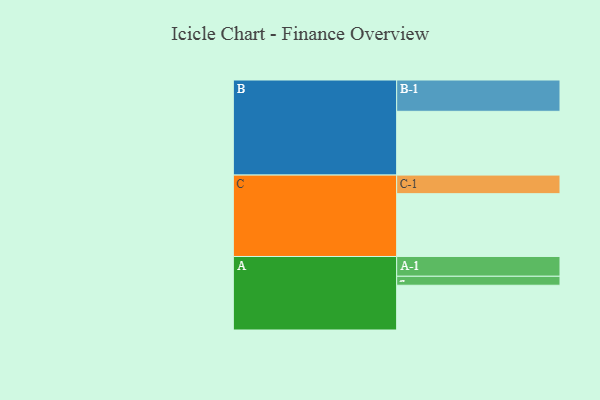
{"axis": {"x": "Segment", "y": "Value"}, "legend": ["", "A", "B", "C"], "data": [{"x": "A", "y": 419, "type": ""}, {"x": "B", "y": 597, "type": ""}, {"x": "C", "y": 588, "type": ""}, {"x": "A-1", "y": 185, "type": "A"}, {"x": "A-2", "y": 84, "type": "A"}, {"x": "B-1", "y": 293, "type": "B"}, {"x": "C-1", "y": 174, "type": "C"}]}